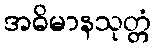
အဓိမာနသုတ္တံ